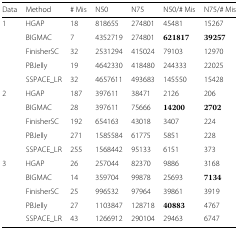
<table><thead><tr><td><b>Data</b></td><td><b>Method</b></td><td><b># Mis</b></td><td><b>N50</b></td><td><b>N75</b></td><td><b>N50/# Mis</b></td><td><b>N75/# Mis</b></td></tr></thead><tbody><tr><td>1</td><td>HGAP</td><td>18</td><td>818655</td><td>274801</td><td>45481</td><td>15267</td></tr><tr><td>[EMPTY_CELL]</td><td>BIGMAC</td><td>7</td><td>4352719</td><td>274801</td><td><b><i>621817</i></b></td><td><b><i>39257</i></b></td></tr><tr><td>[EMPTY_CELL]</td><td>FinisherSC</td><td>32</td><td>2531294</td><td>415024</td><td>79103</td><td>12970</td></tr><tr><td>[EMPTY_CELL]</td><td>PBJelly</td><td>19</td><td>4642330</td><td>418480</td><td>244333</td><td>22025</td></tr><tr><td>[EMPTY_CELL]</td><td>SSPACE_LR</td><td>32</td><td>4657611</td><td>493683</td><td>145550</td><td>15428</td></tr><tr><td>2</td><td>HGAP</td><td>187</td><td>397611</td><td>38471</td><td>2126</td><td>206</td></tr><tr><td>[EMPTY_CELL]</td><td>BIGMAC</td><td>28</td><td>397611</td><td>75666</td><td><b><i>14200</i></b></td><td><b><i>2702</i></b></td></tr><tr><td>[EMPTY_CELL]</td><td>FinisherSC</td><td>192</td><td>654163</td><td>43018</td><td>3407</td><td>224</td></tr><tr><td>[EMPTY_CELL]</td><td>PBJelly</td><td>271</td><td>1585584</td><td>61775</td><td>5851</td><td>228</td></tr><tr><td>[EMPTY_CELL]</td><td>SSPACE_LR</td><td>255</td><td>1568442</td><td>95133</td><td>6151</td><td>373</td></tr><tr><td>3</td><td>HGAP</td><td>26</td><td>257044</td><td>82370</td><td>9886</td><td>3168</td></tr><tr><td>[EMPTY_CELL]</td><td>BIGMAC</td><td>14</td><td>359704</td><td>99878</td><td>25693</td><td><b><i>7134</i></b></td></tr><tr><td>[EMPTY_CELL]</td><td>FinisherSC</td><td>25</td><td>996532</td><td>97964</td><td>39861</td><td>3919</td></tr><tr><td>[EMPTY_CELL]</td><td>PBJelly</td><td>27</td><td>1103847</td><td>128718</td><td><b><i>40883</i></b></td><td>4767</td></tr><tr><td>[EMPTY_CELL]</td><td>SSPACE_LR</td><td>43</td><td>1266912</td><td>290104</td><td>29463</td><td>6747</td></tr></tbody></table>